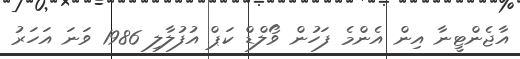
އާޖެންޓީނާ އިން އެންމެ ފަހުން ވޯލްޑް ކަޕް އުފުލާލި 1986 ވަނަ އަހަރު